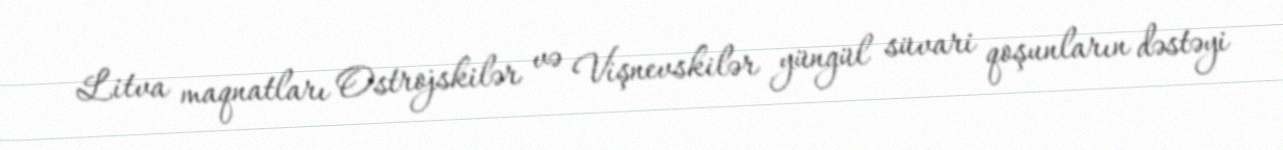
Litva maqnatları Ostrojskilər və Vişnevskilər yüngül süvari qoşunların dəstəyi